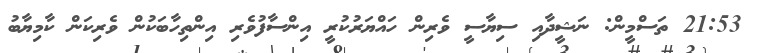
21:53 ތަސްމީން: ނަޝީދާއި ސިޔާސީ ވެރިން ހައްޔަރުކުރީ އިންސާފުވެރި އިންތިހާބަކުން ވެރިކަން ކާމިޔާބު